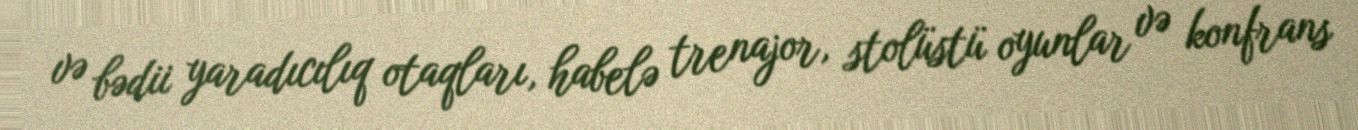
və bədii yaradıcılıq otaqları, habelə trenajor, stolüstü oyunlar və konfrans